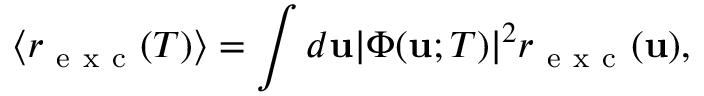
\left\langle r _ { \mathrm { ~ e ~ x ~ c ~ } } ( T ) \right\rangle = \int d \mathbf { u } | \Phi ( \mathbf { u } ; T ) | ^ { 2 } r _ { \mathrm { ~ e ~ x ~ c ~ } } ( \mathbf { u } ) ,